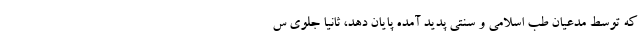
که توسط مدعیان طب اسلامی و سنتی پدید آمده پایان دهد، ثانیا جلوی س